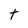
Character: t